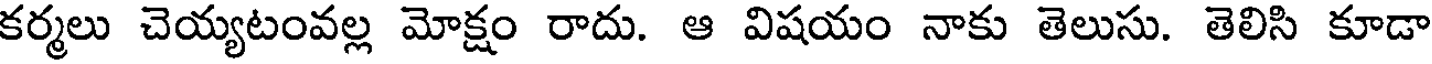
కర్మలు చెయ్యటంవల్ల మోక్షం రాదు. ఆ విషయం నాకు తెలుసు. తెలిసి కూడా